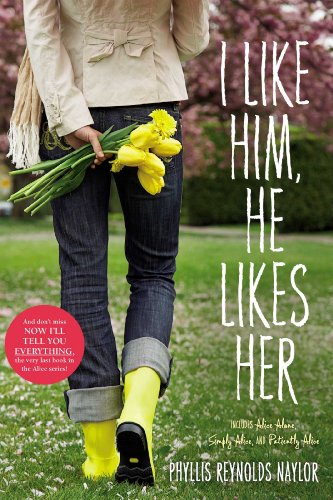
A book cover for I Like Him, He Likes Her: Alice Alone; Simply Alice; Patiently Alice; Phyllis Reynolds Naylor; Teen & Young Adult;